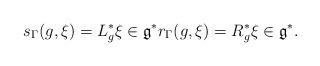
LaTeX: \begin{align*} s_\Gamma(g,\xi)= L_{g}^*\xi \in \mathfrak g^* r_\Gamma(g,\xi)=R_{g}^*\xi \in \mathfrak g^*.\end{align*}